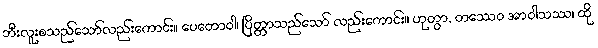
ဘီးလူးစသည်သော်လည်းကောင်း။ ပေတောဝါ၊ ပြိတ္တာသည်သော် လည်းကောင်း။ ဟုတွာ, တဿေဝ အာဝါသဿ၊ ထို